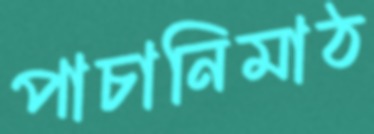
পাচানিমাঠ